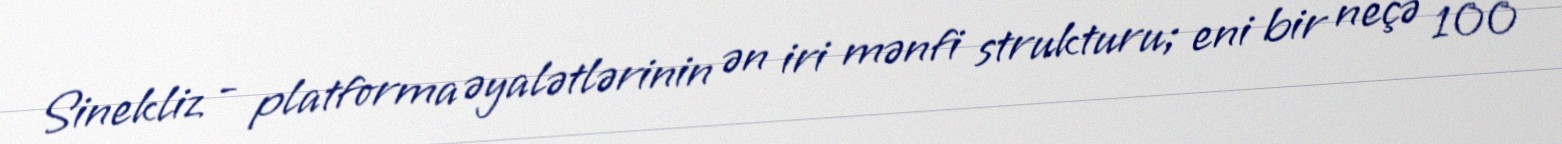
Sinekliz - platforma əyalətlərinin ən iri mənfi strukturu; eni bir neçə 100